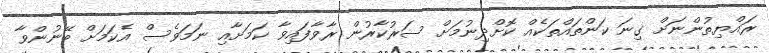
ރައްޔިތުންނަށް ގިނަ ކަންތައްތަކެއް ކޮށްދިނުމަށް ސަރުކާރުން ރާވާފައިވާ ކަމަށާއި ނަމަވެސް އެކަމަށް ބޭނުންވާ